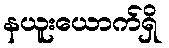
နယူးယောက်ရှိ